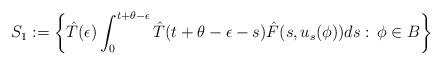
LaTeX: \begin{align*}S_1:= \left\{\hat T(\epsilon)\int_0^{t+\theta-\epsilon} \hat T(t+\theta-\epsilon-s)\hat F(s,u_s(\phi))ds: \, \phi\in B\right\}\end{align*}